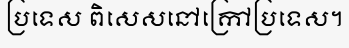
ប្រទេស ពិសេសនៅក្រៅប្រទេស។